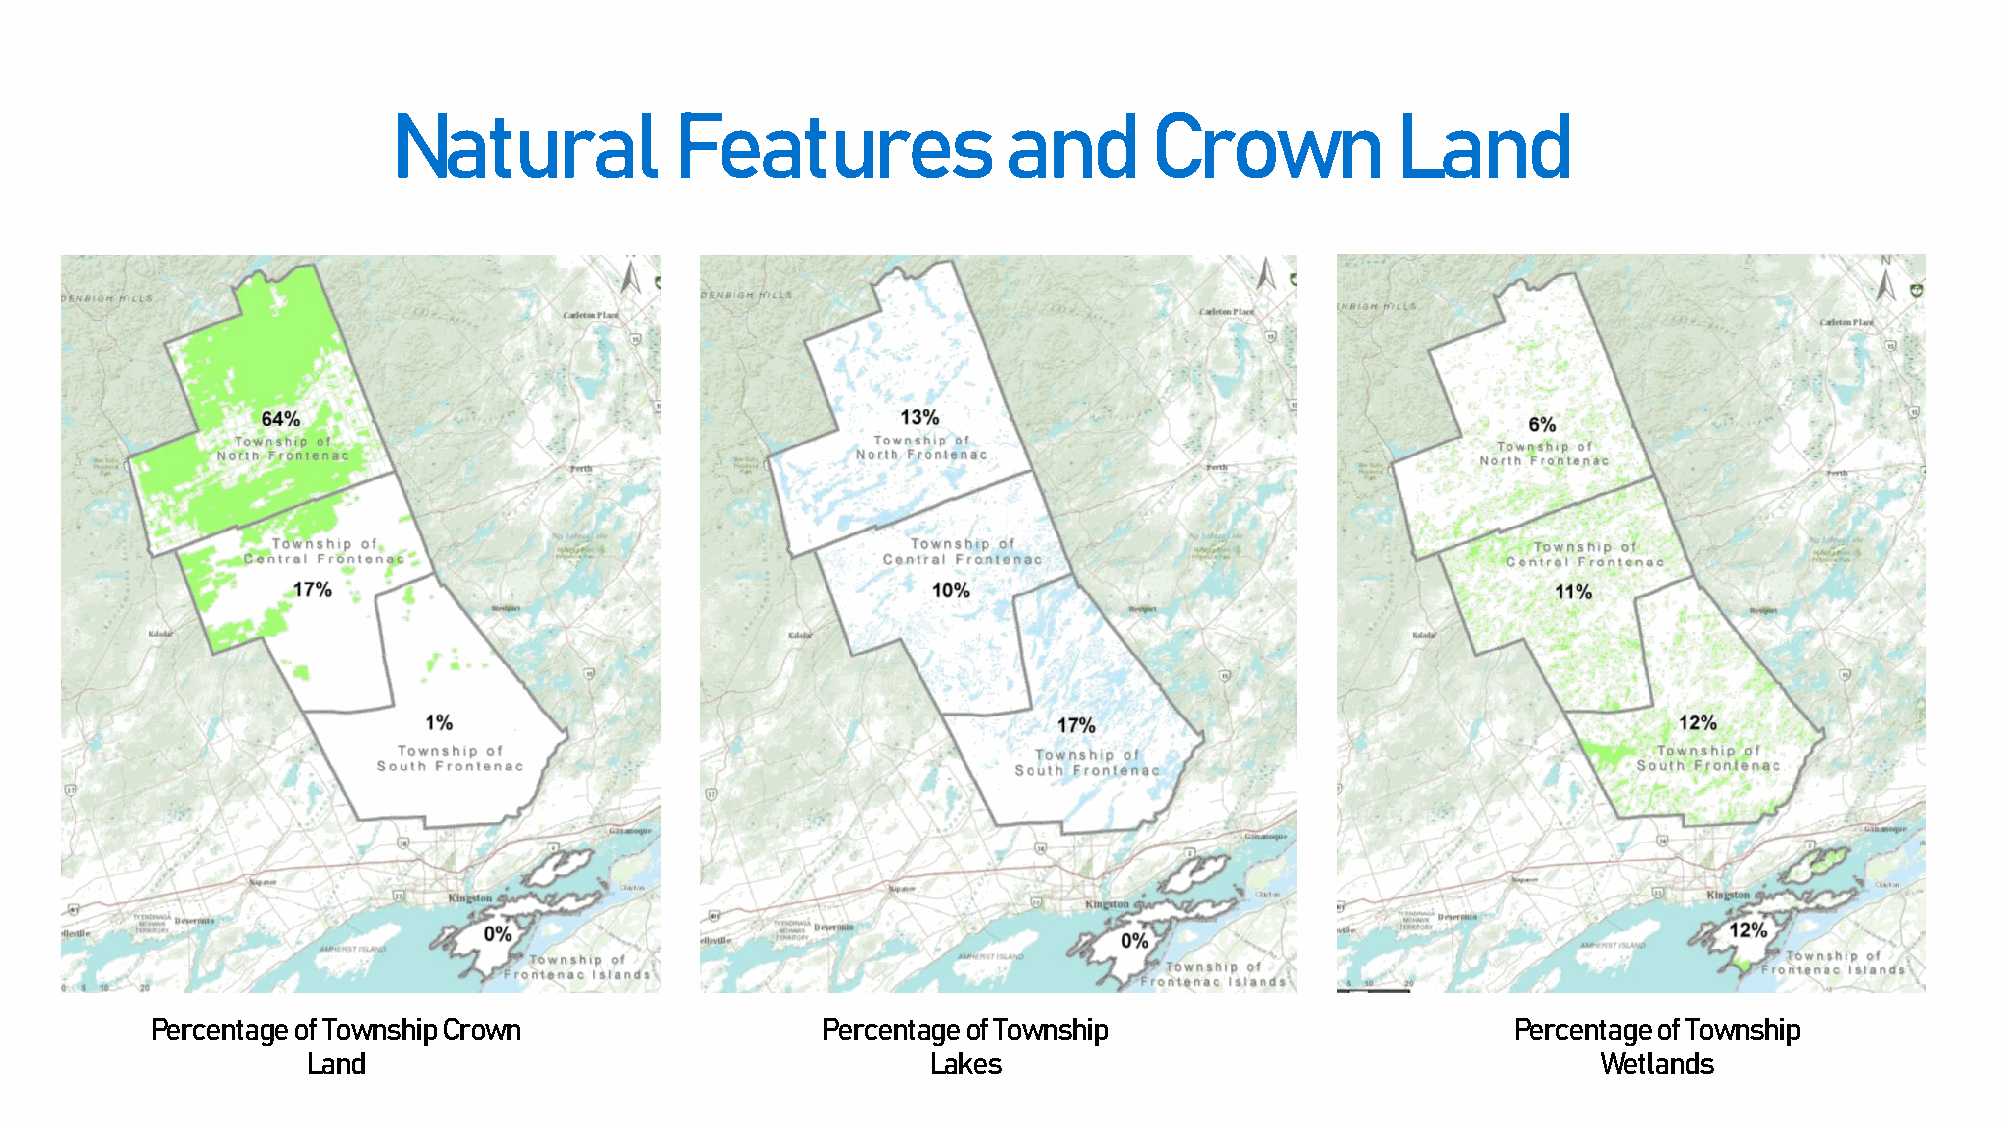
Natural            Features             and       Crown           Land
 Percentage of Township Crown                Percentage of Township                        Percentage of Township
 Land                                     Lakes                                        Wetlands